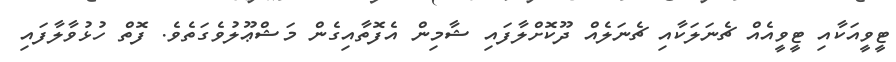
ޓީވީއަކާއި ޓީވީއެއް ޗެނަލަކާއި ޗެނަލެއް ދޫކޮށްލާފައި ޝާމިން އެފޮތާއިގެން މަޝްޢޫލުވެގަތެވެ. ފޮތް ހުޅުވާލާފައި